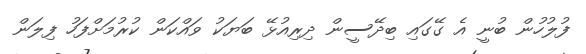
ފުލުހުން ބުނީ އެ ގޭގައި ބިދޭސީން ދިރިއުޅޭ ބަޔަކު ވައްކަން ކުރުމަށްފަހު ފިލަން